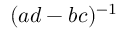
( a d - b c ) ^ { - 1 }